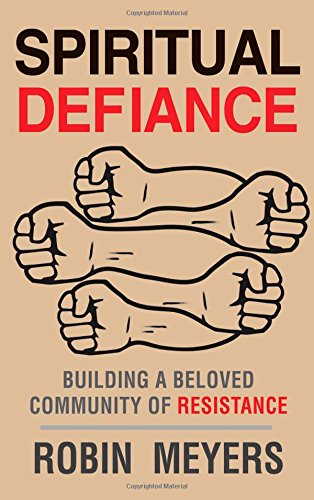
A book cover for Spiritual Defiance: Building a Beloved Community of Resistance; Robin Meyers; Christian Books & Bibles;